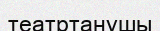
театртанушы